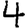
Digit: 4